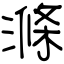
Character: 滌